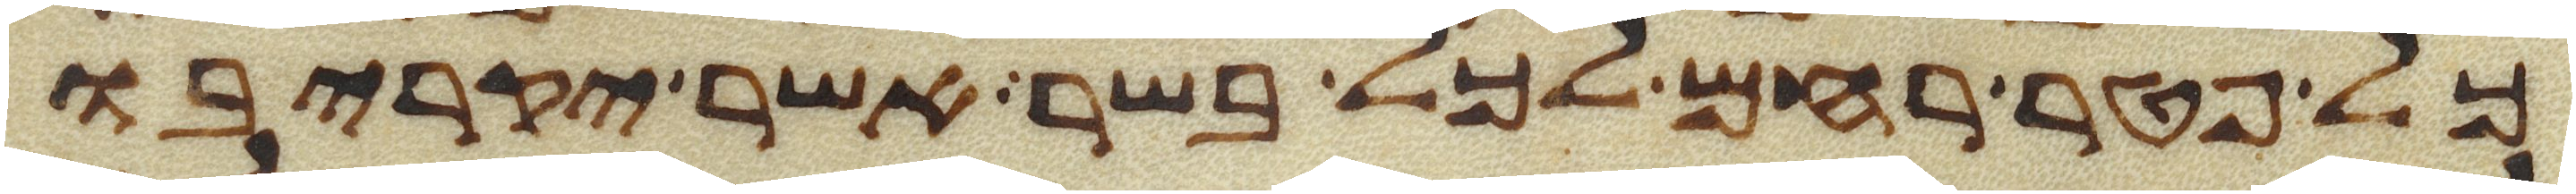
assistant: כל פטר רחם לכל בשר אשר יקריבו